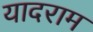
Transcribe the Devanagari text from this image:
यादराम